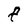
Character: f